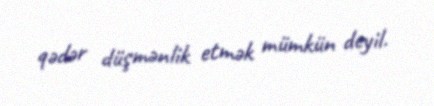
qədər düşmənlik etmək mümkün deyil.